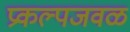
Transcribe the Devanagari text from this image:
प्रकल्पजवळ